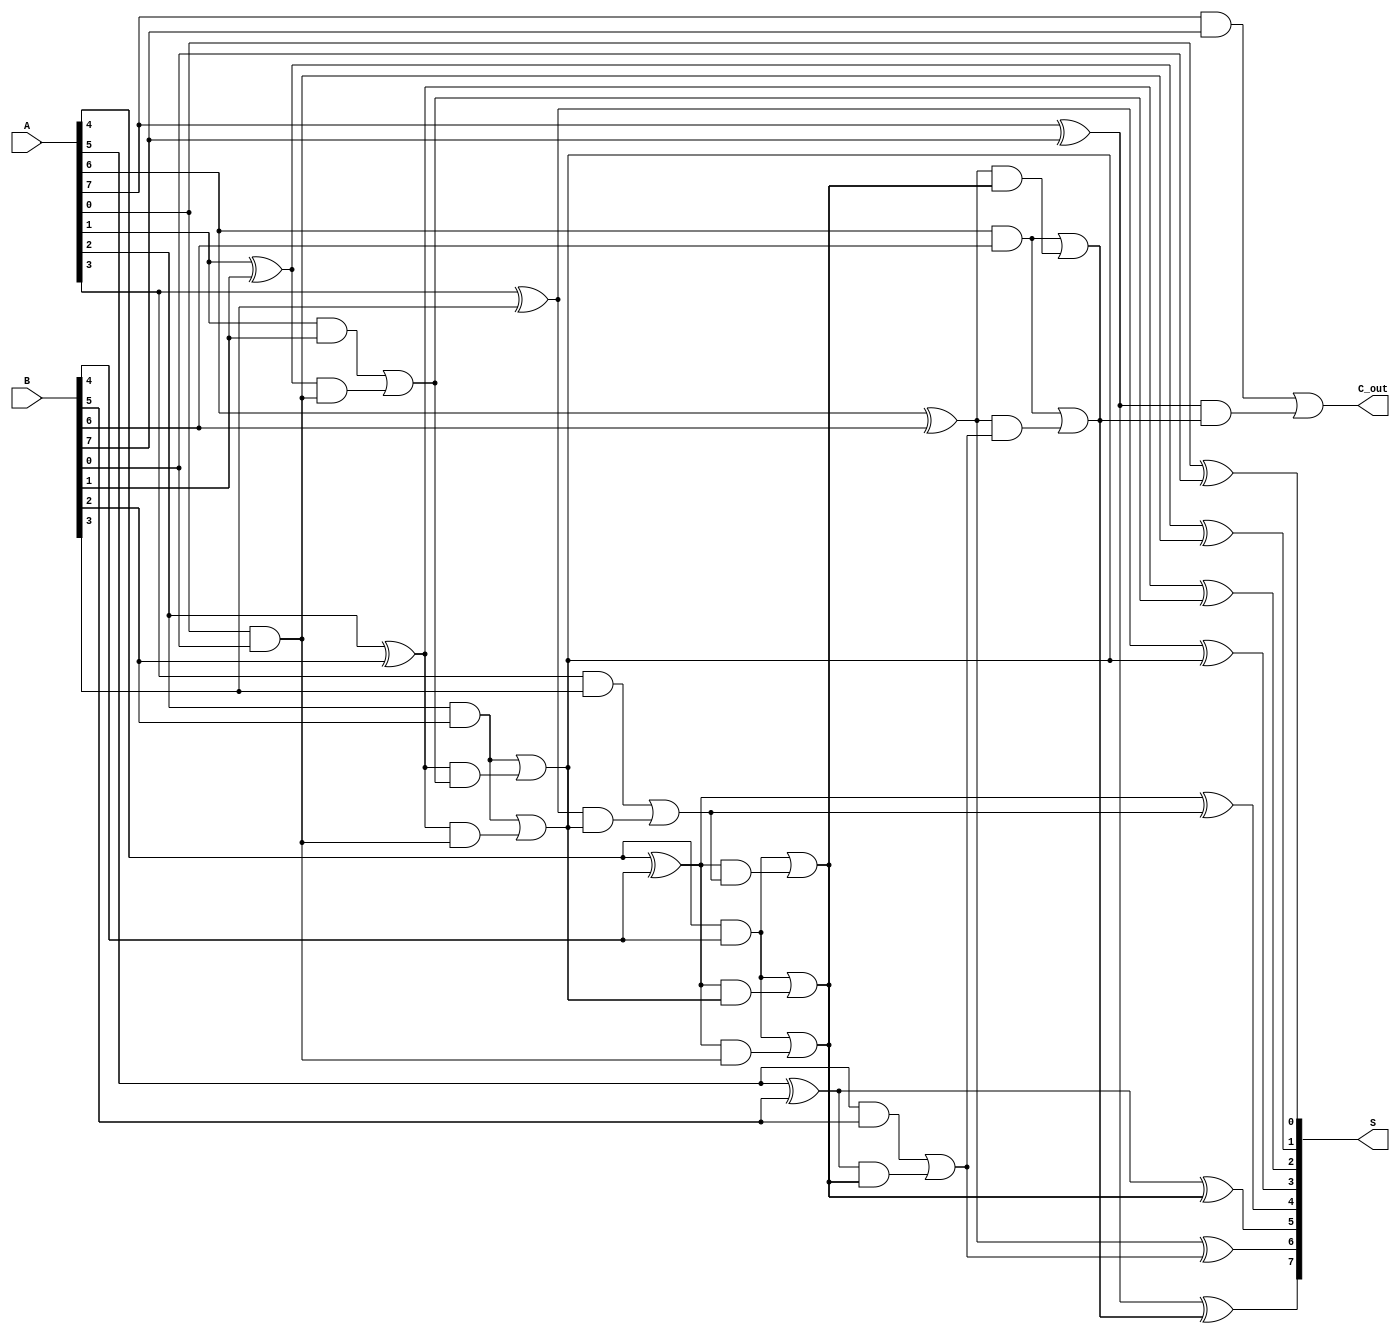
module brent_kung_adder #(parameter N = 8) (
    input  wire [N-1:0] A,  // First n-bit input
    input  wire [N-1:0] B,  // Second n-bit input
    output wire [N-1:0] S,   // n-bit sum output
    output wire C_out        // Carry out
);

    // Intermediate signals for propagate and generate
    wire [N-1:0] P; // Propagate
    wire [N-1:0] G; // Generate
    wire [N:0] C;   // Carry bits

    // Preprocessing stage: Compute P and G
    genvar i;
    generate
        for (i = 0; i < N; i = i + 1) begin : pg_generation
            assign P[i] = A[i] ^ B[i]; // Propagate
            assign G[i] = A[i] & B[i]; // Generate
        end
    endgenerate

    // Carry Generation using Brent-Kung method
    assign C[0] = 1'b0; // Initial carry in (C[-1] = 0)
    assign C[1] = G[0]; // C[1] = G[0]

    // Stage 1: Compute carry bits
    generate
        for (i = 1; i < N; i = i + 1) begin : carry_stage_1
            assign C[i + 1] = G[i] | (P[i] & C[i]);
        end
    endgenerate

    // Additional stages for carry generation
    // Stage 2 and beyond
    // This implementation will handle up to 8 bits; adjust as needed for larger sizes
    generate
        if (N > 2) begin
            for (i = 2; i < N; i = i + 2) begin : carry_stage_2
                assign C[i + 1] = G[i] | (P[i] & C[i - 1]);
            end
        end

        if (N > 4) begin
            for (i = 4; i < N; i = i + 4) begin : carry_stage_3
                assign C[i + 1] = G[i] | (P[i] & C[i - 3]);
            end
        end

        if (N > 8) begin
            for (i = 8; i < N; i = i + 8) begin : carry_stage_4
                assign C[i + 1] = G[i] | (P[i] & C[i - 7]);
            end
        end
    endgenerate

    // Final carry out
    assign C_out = C[N];

    // Sum calculation
    generate
        for (i = 0; i < N; i = i + 1) begin : sum_generation
            assign S[i] = P[i] ^ C[i]; // Sum bits
        end
    endgenerate

endmodule